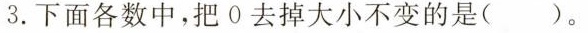
3.下面各数中，把0去掉大小不变的是( )。